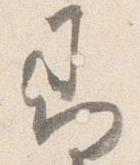
即